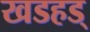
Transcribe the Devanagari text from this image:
खडहड्